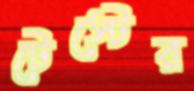
টেস্টের